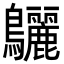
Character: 𪈳